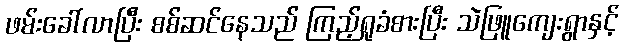
ဖမ်းခေါ်လာပြီး စစ်ဆင်နေသည် ကြည့်ရှုခံစားပြီး သဲဖြူကျေးရွာနှင့်